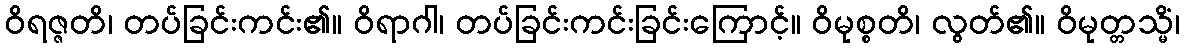
ဝိရဇ္ဇတိ၊ တပ်ခြင်းကင်း၏။ ဝိရာဂါ၊ တပ်ခြင်းကင်းခြင်းကြောင့်။ ဝိမုစ္စတိ၊ လွတ်၏။ ဝိမုတ္တသ္မိံ၊